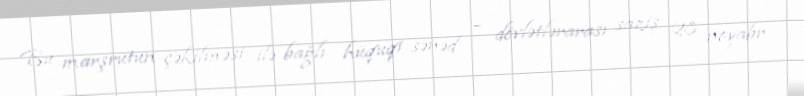
Bu marşrutun çəkilməsi ilə bağlı hüquqi sənəd – dövlətlərarası saziş 28 noyabr